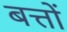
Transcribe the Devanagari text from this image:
बत्तों